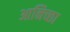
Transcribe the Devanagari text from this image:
आनिच्छा